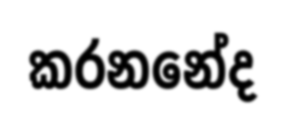
කරනනේද